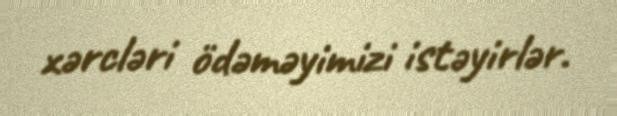
xərcləri ödəməyimizi istəyirlər.